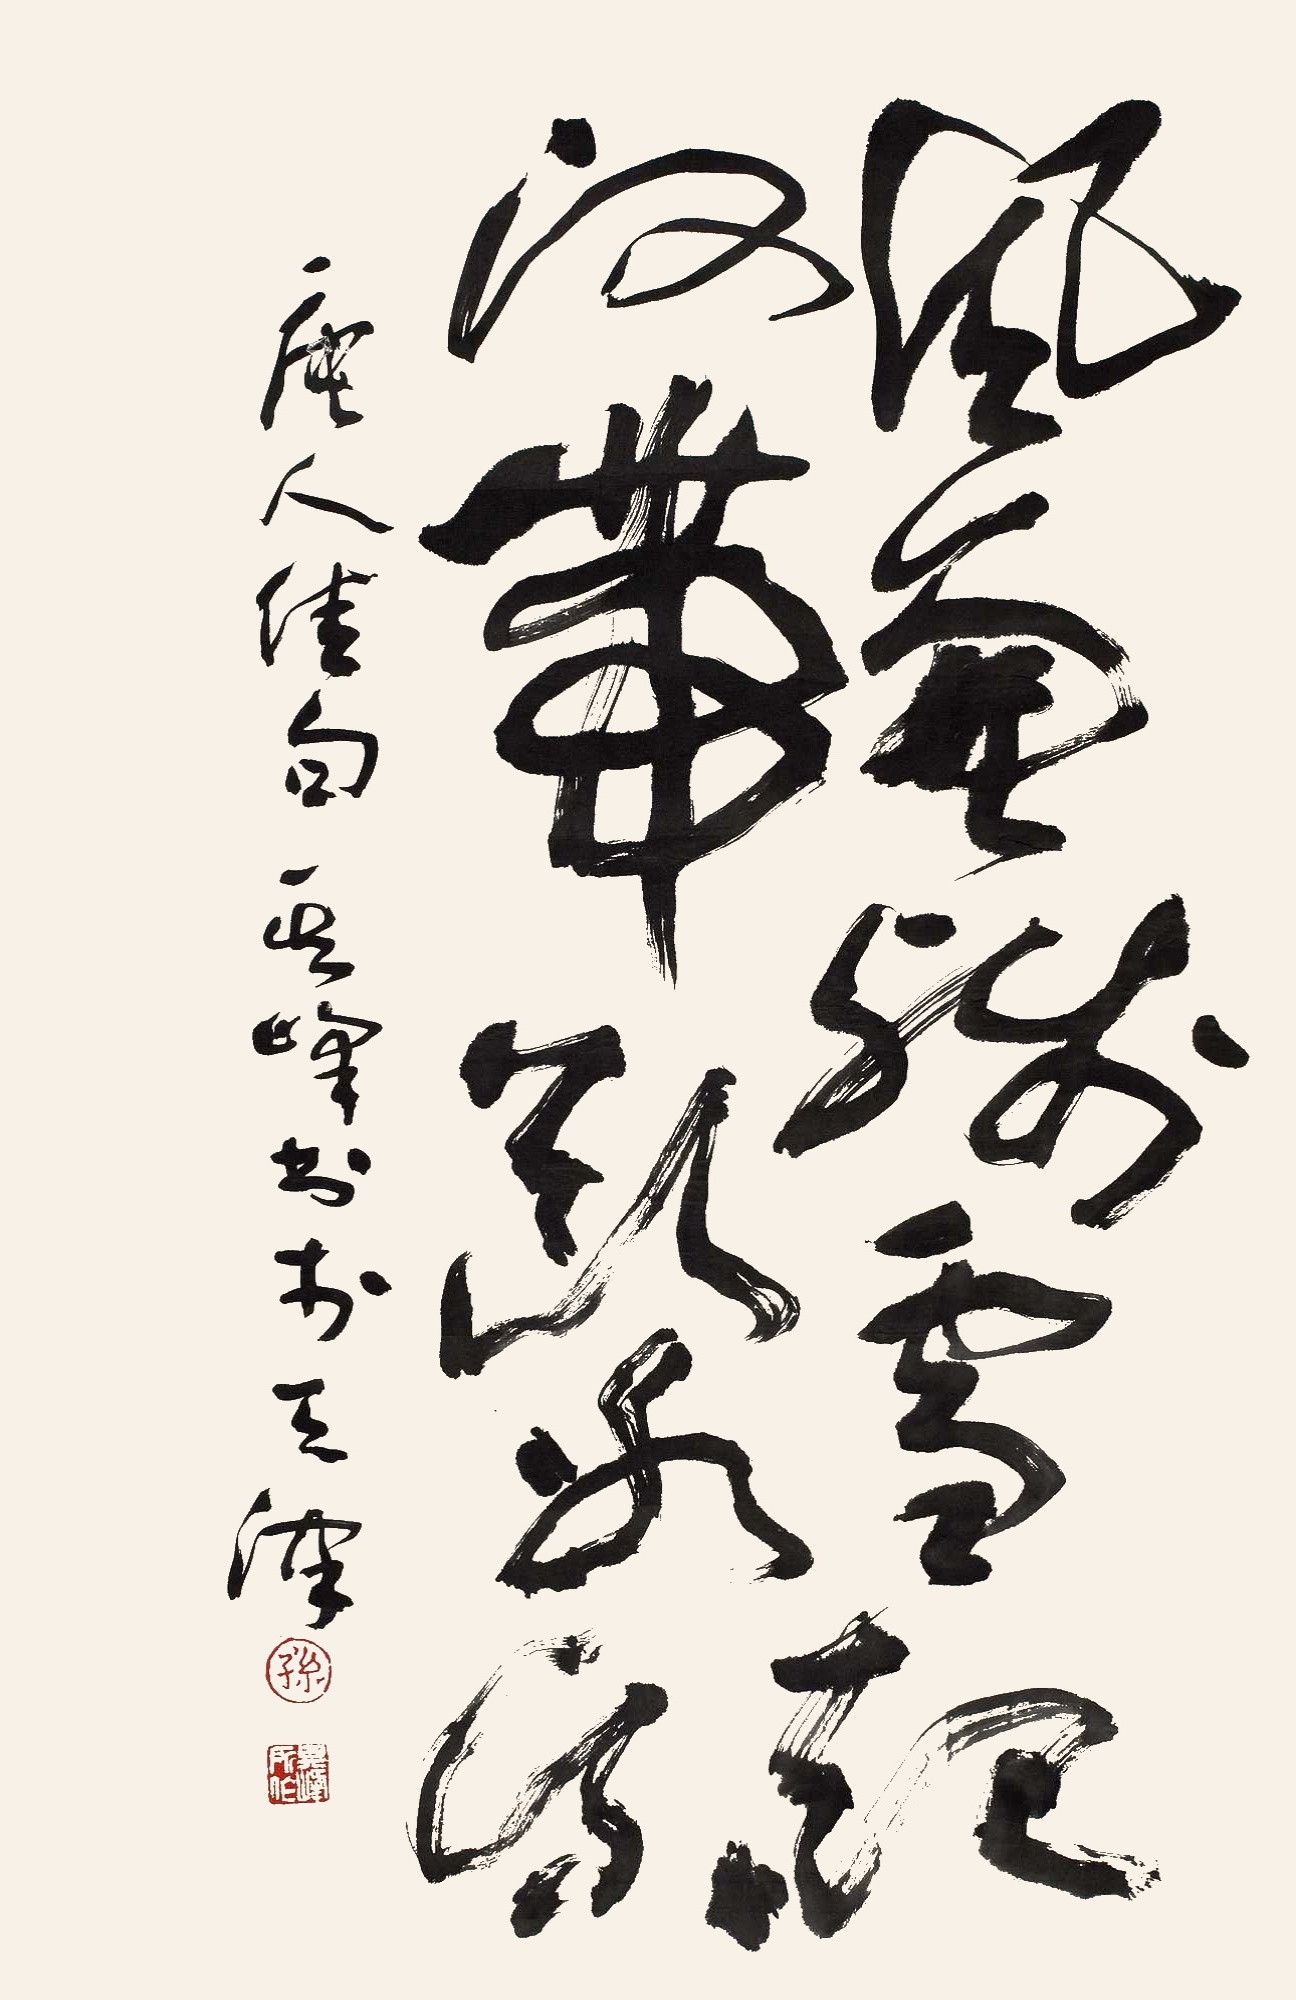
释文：风兼残雪起，河带断冰流。唐人佳句，其峰书于天津。